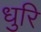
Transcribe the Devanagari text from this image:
धुरि